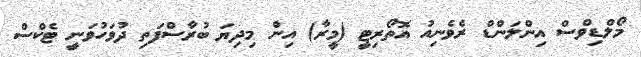
މޯލްޑިވްސް އިންލަންޑް ރެވެނިއު އޮތޯރިޓީ (މީރާ) އިން މިދިޔަ ބުރާސްފަތި ދުވަހުވަނީ ޓެކްސް